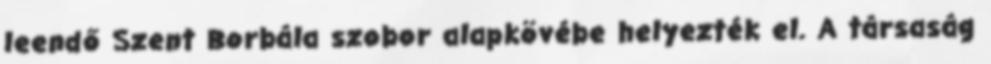
leendő Szent Borbála szobor alapkövébe helyezték el. A társaság